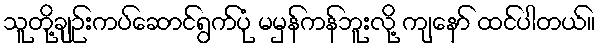
သူတို့ချဉ်းကပ်ဆောင်ရွက်ပုံ မမှန်ကန်ဘူးလို့ ကျနော် ထင်ပါတယ်။